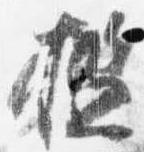
檻